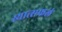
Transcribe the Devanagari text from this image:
स्यात्सफलं